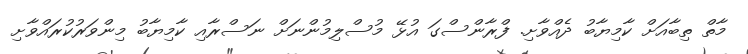
މާތް ތިބާއަށް ކާމިޔާބު ދެއްވާށި. ފްރާންސްގަ އުޅޭ މުސްލިމުންނަށް ނަސްރާއި ކާމިޔާބު މިންވަރުކުރައްވާށި